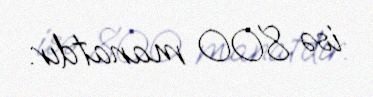
isə 800 manatdır.